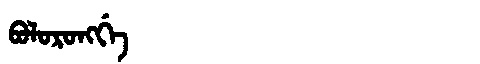
Manchu: ᠪᠣᠯᠣᡵᠣᠩᡤᡝ
Romanization: BOLORONGGE